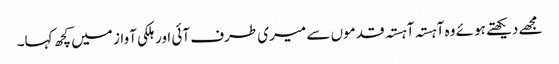
مجھے دیکھتے ہوئے وہ آہستہ آہستہ قدموں سے میری طرف آئی اور ہلکی آواز میں کچھ کہا۔